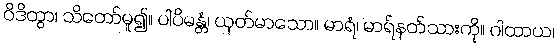
ဝိဒိတွာ၊ သိတော်မူ၍။ ပါပိမန္တံ၊ ယုတ်မာသော။ မာရံ၊ မာရ်နတ်သားကို။ ဂါထာယ၊